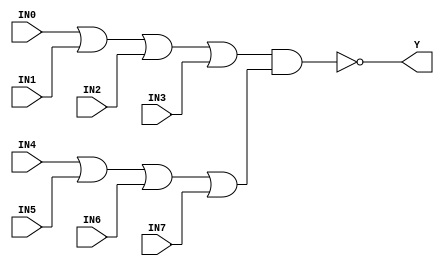
//------------------------------------------------------
// Copyright 1992, 1993 Cascade Design Automation Corporation.
//------------------------------------------------------
module oai44(IN0,IN1,IN2,IN3,IN4,IN5,IN6,IN7,Y);
  parameter N = 8;
  parameter DPFLAG = 0;
  parameter GROUP = "std";
  parameter
        d_IN0 = 0,
        d_IN1 = 0,
        d_IN2 = 0,
        d_IN3 = 0,
        d_IN4 = 0,
        d_IN5 = 0,
        d_IN6 = 0,
        d_IN7 = 0,
        d_Y = 1;
  input [(N - 1):0] IN0;
  input [(N - 1):0] IN1;
  input [(N - 1):0] IN2;
  input [(N - 1):0] IN3;
  input [(N - 1):0] IN4;
  input [(N - 1):0] IN5;
  input [(N - 1):0] IN6;
  input [(N - 1):0] IN7;
  output [(N - 1):0] Y;
  wire [(N - 1):0] IN0_temp;
  wire [(N - 1):0] IN1_temp;
  wire [(N - 1):0] IN2_temp;
  wire [(N - 1):0] IN3_temp;
  wire [(N - 1):0] IN4_temp;
  wire [(N - 1):0] IN5_temp;
  wire [(N - 1):0] IN6_temp;
  wire [(N - 1):0] IN7_temp;
  reg [(N - 1):0] Y_temp;
  assign #(d_IN0) IN0_temp = IN0;
  assign #(d_IN1) IN1_temp = IN1;
  assign #(d_IN2) IN2_temp = IN2;
  assign #(d_IN3) IN3_temp = IN3;
  assign #(d_IN4) IN4_temp = IN4;
  assign #(d_IN5) IN5_temp = IN5;
  assign #(d_IN6) IN6_temp = IN6;
  assign #(d_IN7) IN7_temp = IN7;
  assign #(d_Y) Y = Y_temp;
  initial
    begin
    if((DPFLAG == 1))
      $display("(WARNING) The instance %m of type oai44 can't be implemented as a data-path cell");
    end
  always
    @(IN0_temp or IN1_temp or IN2_temp or IN3_temp or IN4_temp or IN5_temp or IN6_temp or IN7_temp)
      begin
      Y_temp = ( ~ ((((IN0_temp | IN1_temp) | IN2_temp) | IN3_temp) & (((IN4_temp | IN5_temp) | IN6_temp) | IN7_temp)));
      end
endmodule